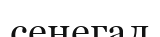
сенегал